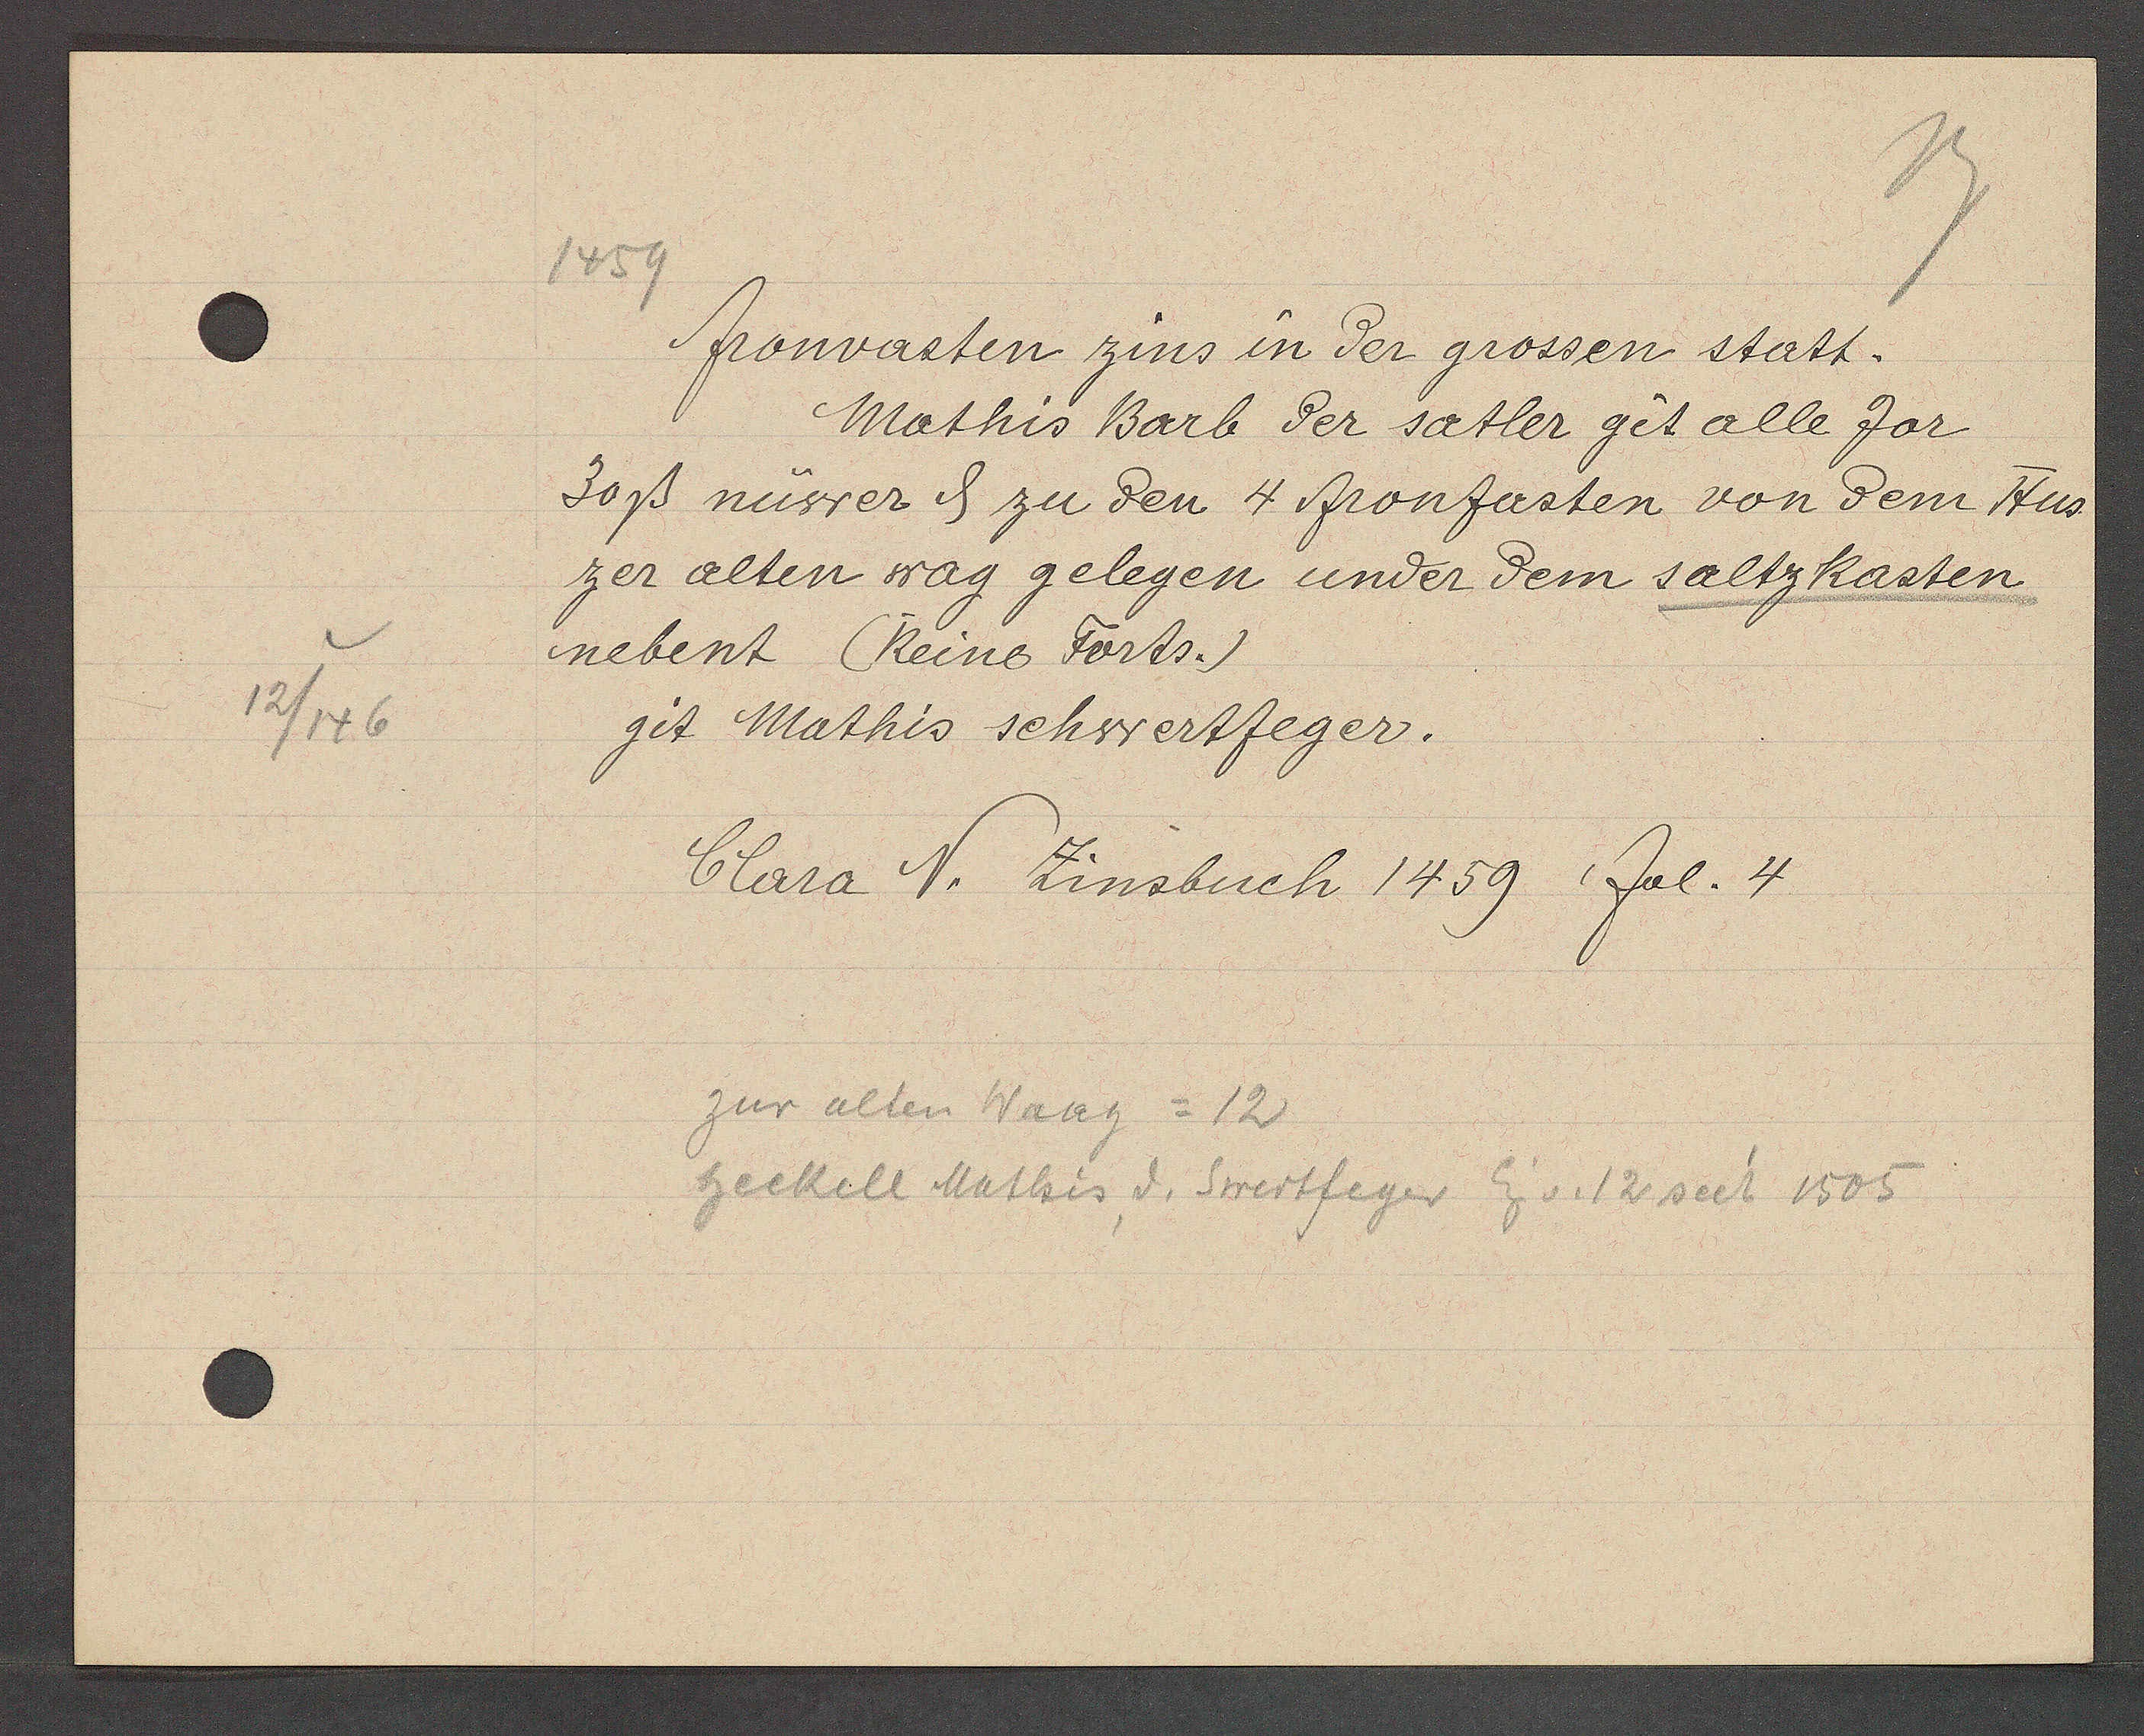
Transcript:
12/146

1459

fronvasten zins in der grossen statt.
Mathis Barb der satler git alle Jor
30ß nuwer ȡ zu den 4 fronfasten von dem Hus
zer alten wag gelegen under dem saltzkasten
nebent (Reine Forts.)
git Mathis schwertfeger.

Clara N. Zinsbuch 1459 fol. 4

zur alten Waag = 12
heckell Mathis d. Swertfeger Eig v. 12 seit 1505